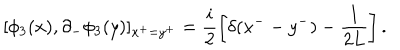
[ \phi _ { 3 } ( x ) , \partial _ { - } \phi _ { 3 } ( y ) ] _ { x ^ { + } = y ^ { + } } = \frac { i } { 2 } \left[ \delta ( x ^ { -- } y ^ { - } ) - \frac { 1 } { 2 L } \right] .